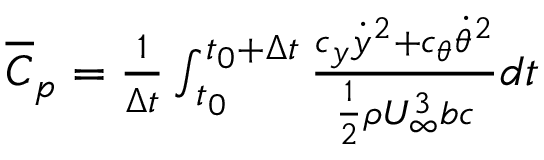
\begin{array} { r } { \overline { { C } } _ { p } = \frac { 1 } { \Delta t } \int _ { t _ { 0 } } ^ { t _ { 0 } + \Delta t } \frac { c _ { y } \dot { y } ^ { 2 } + c _ { \theta } \dot { \theta } ^ { 2 } } { \frac { 1 } { 2 } \rho U _ { \infty } ^ { 3 } b c } d t } \end{array}